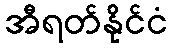
အီရတ်နိုင်ငံ